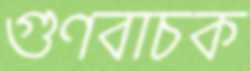
গুণবাচক